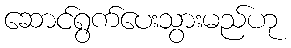
ဆောင်ရွက်ပေးသွားမည်ဟု